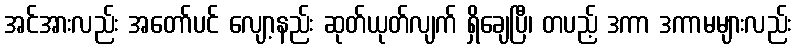
အင်အားလည်း အတော်ပင် လျော့နည်း ဆုတ်ယုတ်လျက် ရှိချေပြီ၊ တပည့် ဒကာ ဒကာမများလည်း